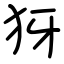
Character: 犽